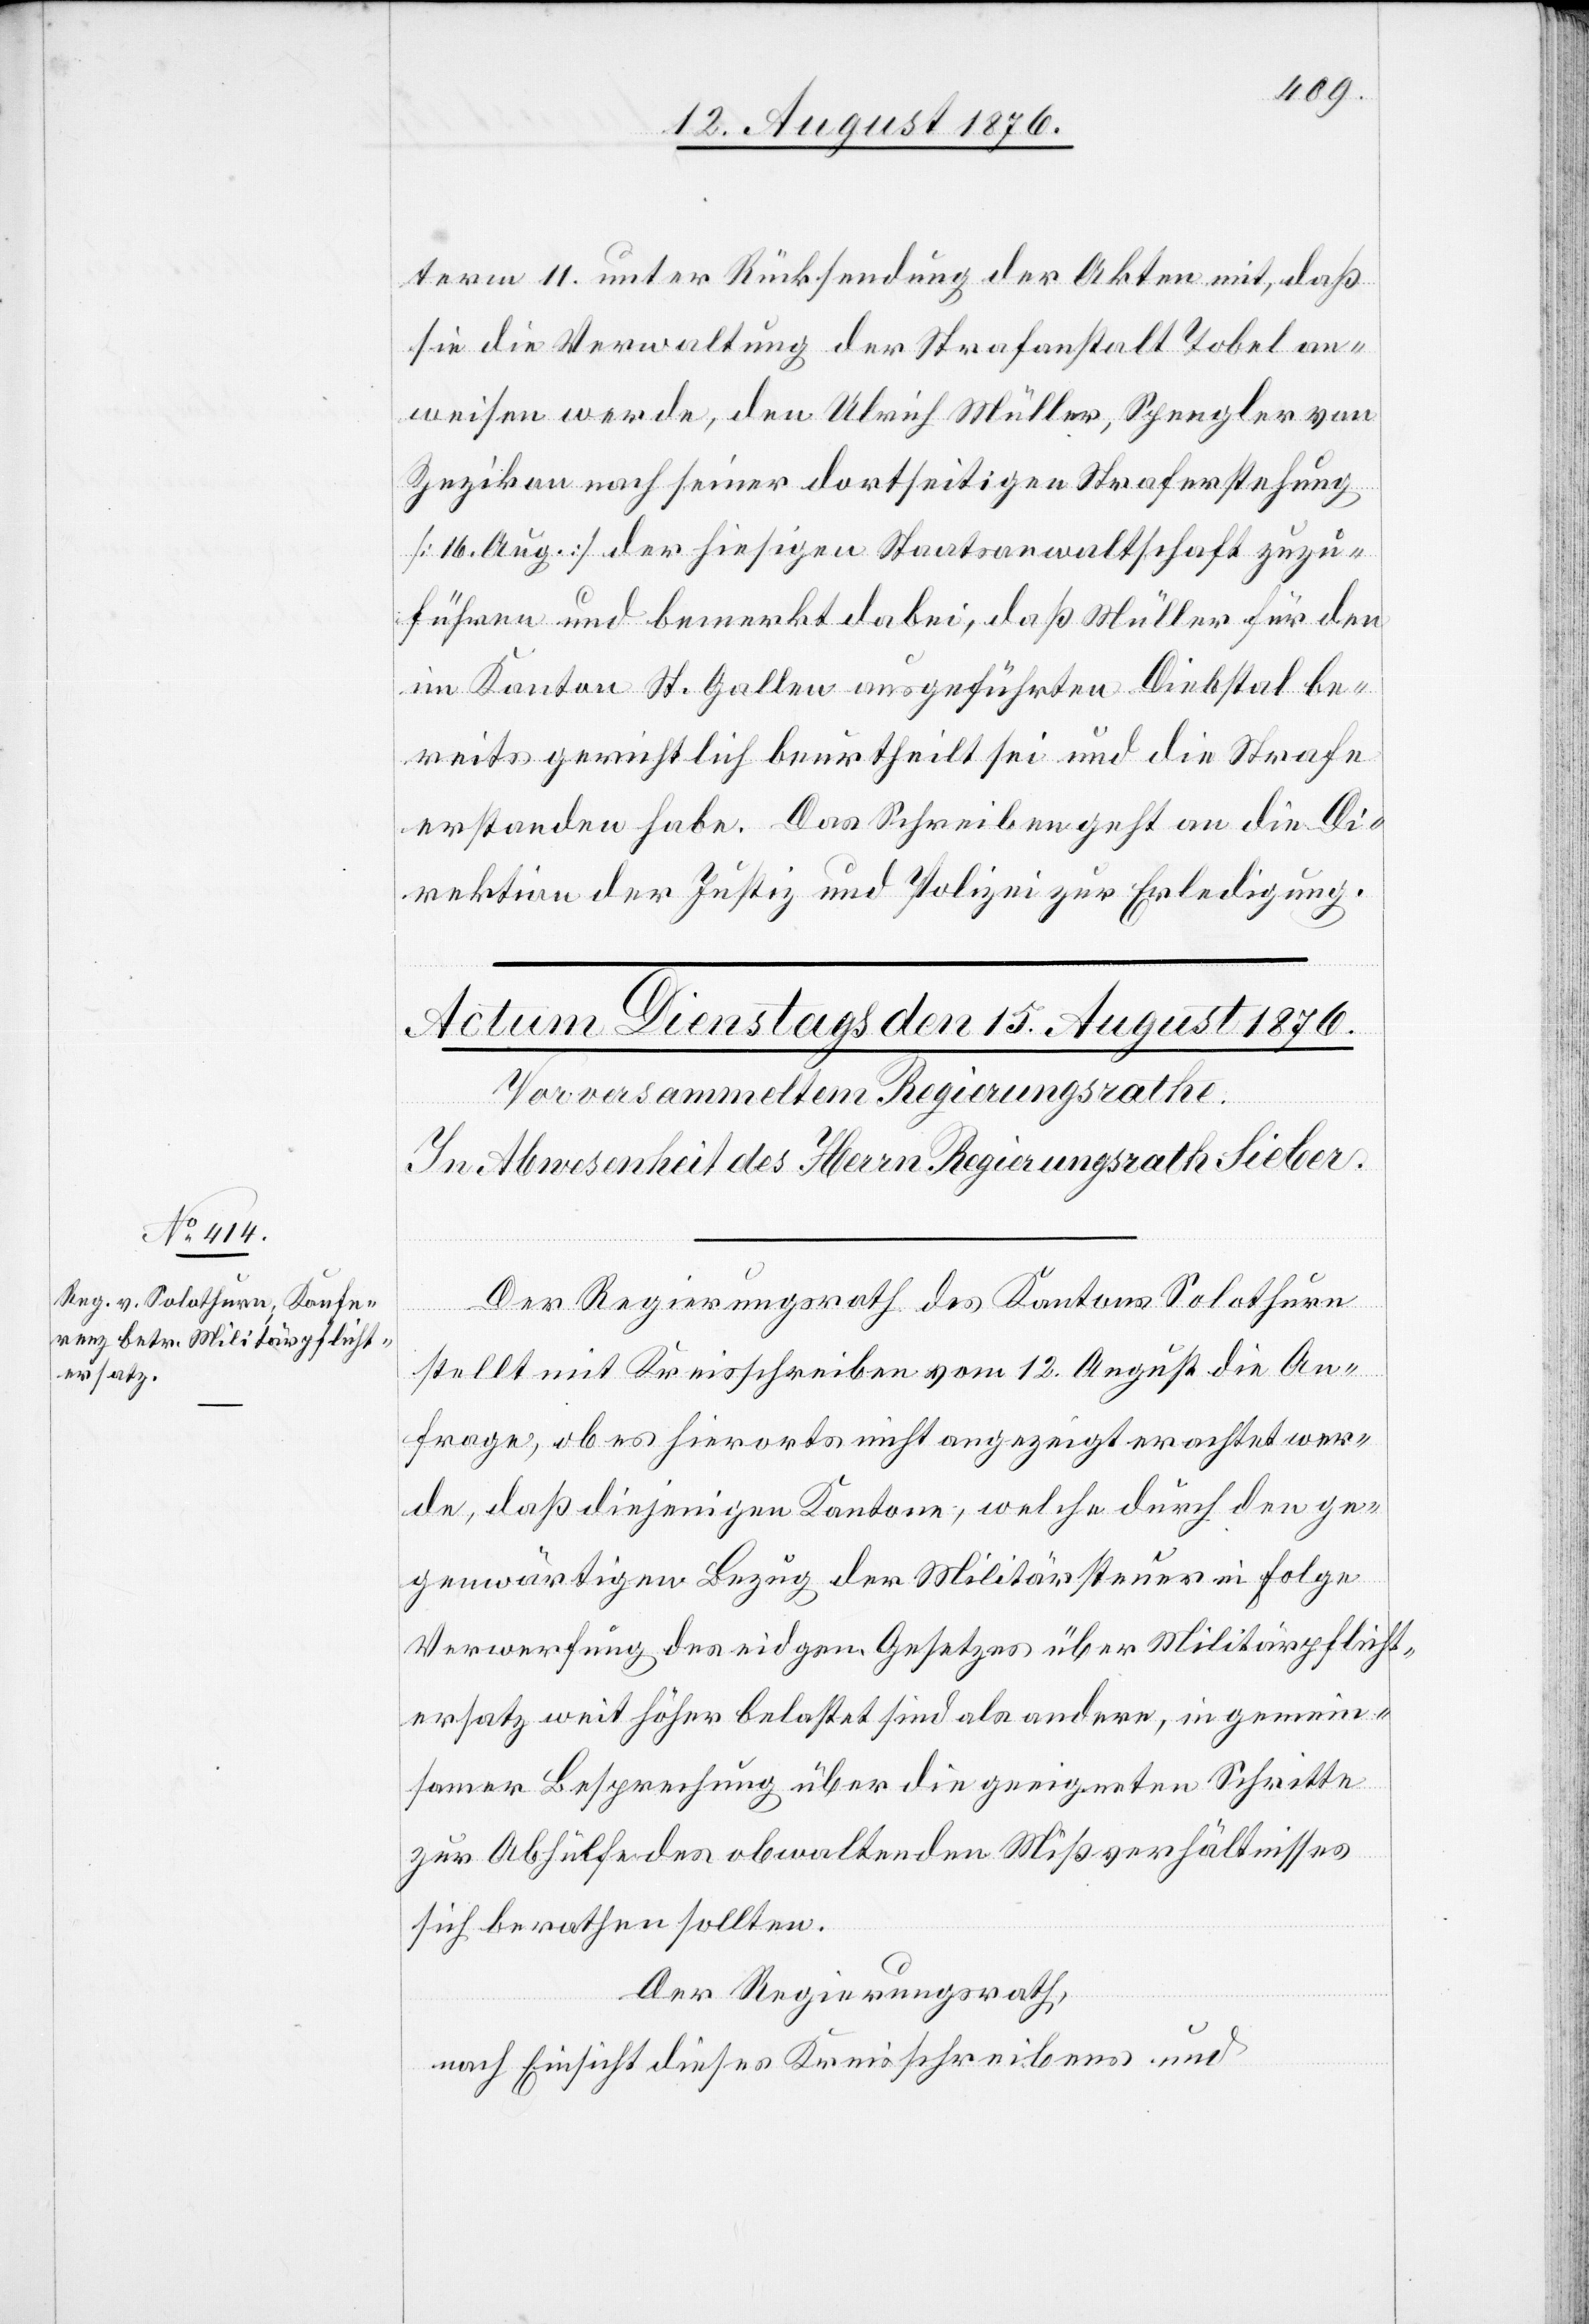
term 11. unter Rücksendung der Akten mit, daß
die Verwaltung der Strafanstalt Tobel an¬
weisen werde, den Ulrich Müller, Spengler von
Zezikon nach seiner dortseitigen Straferstehung
[16. Aug.] der hiesigen Staatsanwaltschaft zuzu¬
führen und bemerkt dabei, daß Müller für den
im Kanton St. Gallen ausgeführten Diebstal be¬
reits gerichtlich beurtheilt sei und die Strafe
erstanden habe. Das Schreiben geht an die Di¬
rektion der Justiz und Polizei zu Erledigung.
Der Regierungsrath des Kantons Solothurn
stellt mit Kreisschreiben vom 12. August die An¬
frage, ob es hierorts nicht angezeigt erachtet wer¬
de, daß diejenigen Kantone, welche durch den ge¬
genwärtigen Bezug der Militärsteuer in Folge
Verwerfung des eidgen. Gesetzes über Militärpflicht¬
ersatz weit höher belastet sind als andere, in gemein¬
samer Besprechung über die geeigneten Schritte
zur Abhülfe des obwaltenden Mißverhältnisses
sich berathen sollten.
Der Regierungsrath,
nach Einsicht dieses Kreisschreibens und